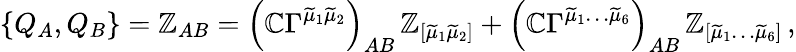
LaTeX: \{ Q_{A},Q_{B}\} =\mathbb{Z}_{AB}=\left(\mathbb{C}\Gamma^{\widetilde{{\mu}}_{1}\widetilde{{\mu}}_{2}}\right)_{AB}\, \mathbb{Z}_{[\widetilde{{\mu}}_{1}\widetilde{{\mu}}_{2}]}+\left(\mathbb{C}\Gamma^{\widetilde{{\mu}}_{1}\ldots\widetilde{{\mu}}_{6}}\right)_{AB}\, \mathbb{Z}_{[\widetilde{{\mu}}_{1}\ldots\widetilde{{\mu}}_{6}]}\, ,